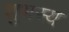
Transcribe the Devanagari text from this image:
शुभस्य